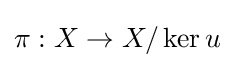
\pi :X\to X/\operatorname {ker} u